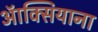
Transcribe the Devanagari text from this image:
ऑक्सियाना